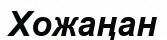
Хожаңан